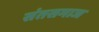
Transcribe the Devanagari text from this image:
संतसमाज